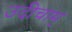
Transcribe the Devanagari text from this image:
उदीचाम्